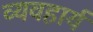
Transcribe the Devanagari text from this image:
व्‍यवहार्य